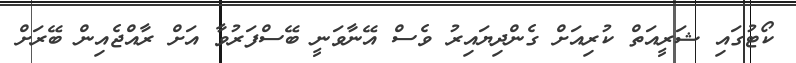
ކޯޓުގައި ޝަރީއަތް ކުރިއަށް ގެންދިޔައިރު ވެސް އޭނާވަނީ ބޭސްފަރުވާ އަށް ރާއްޖެއިން ބޭރަށް